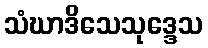
သံဃာဒိသေသုဒ္ဒေသ